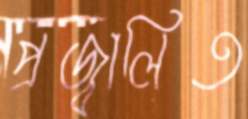
প্রজ্বালিত